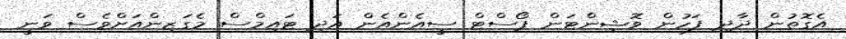
އެގޮތުން ދާދި ފަހުން ވޮޝިންޓަން ޕޯސްޓް ސީއެންއެން އަދި ޓައިމްސް މެގަޒިންއަށްވެސް ވަނީ